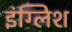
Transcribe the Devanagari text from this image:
इंग्‍लिश